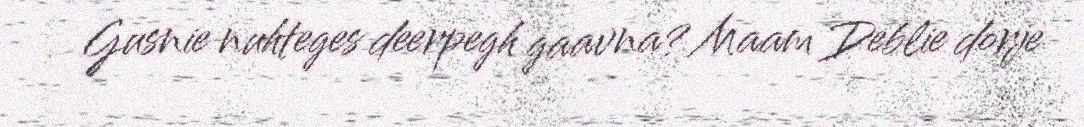
Gusnie nuhteges deerpegh gaavna? Maam Deblie dorje